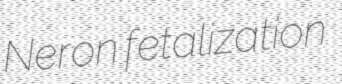
Neron fetalization